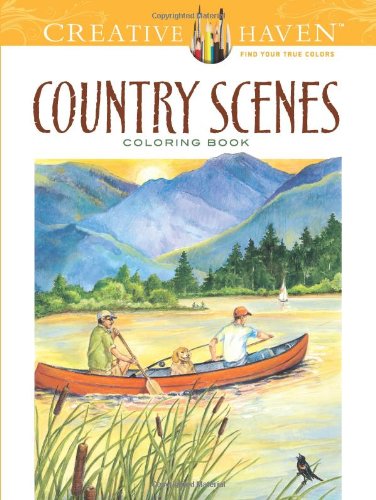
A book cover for Creative Haven Country Scenes Coloring Book (Creative Haven Coloring Books); Dot Barlowe; Humor & Entertainment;